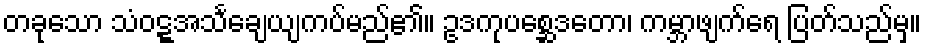
တခုသော သံဝဋ္ဋအသင်္ချေယျကပ်မည်၏။ ဥဒကုပစ္ဆေဒတော၊ ကမ္ဘာဖျက်ရေ ပြတ်သည်မှ။